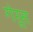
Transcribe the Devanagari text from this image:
गेरूस